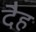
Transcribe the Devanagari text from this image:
दैह